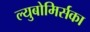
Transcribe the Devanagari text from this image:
ल्युबोमिर्सका